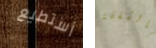
أستطيع بالشفقة